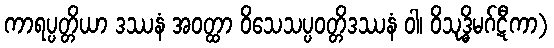
ကာရပ္ပတ္တိယာ ဒဿနံ အဝတ္ထာ ဝိသေသပ္ပဝတ္တိဒဿနံ ဝါ၊ ဝိသုဒ္ဓိမဂ်ဋီကာ)